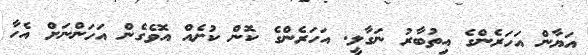
އަޔާން އަހަރެންގެ އިތުބާރު ނަގާލީ. އަހަރެންގެ ކޮން ކުށެއް އޮވެގެން އަހަންނަށް އެހާ